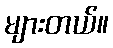
များတယ်။